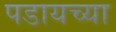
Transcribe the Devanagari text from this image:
पडायच्या